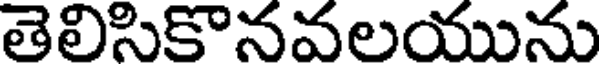
తెలిసికొనవలయును